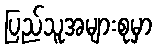
ပြည်သူအများစုမှာ